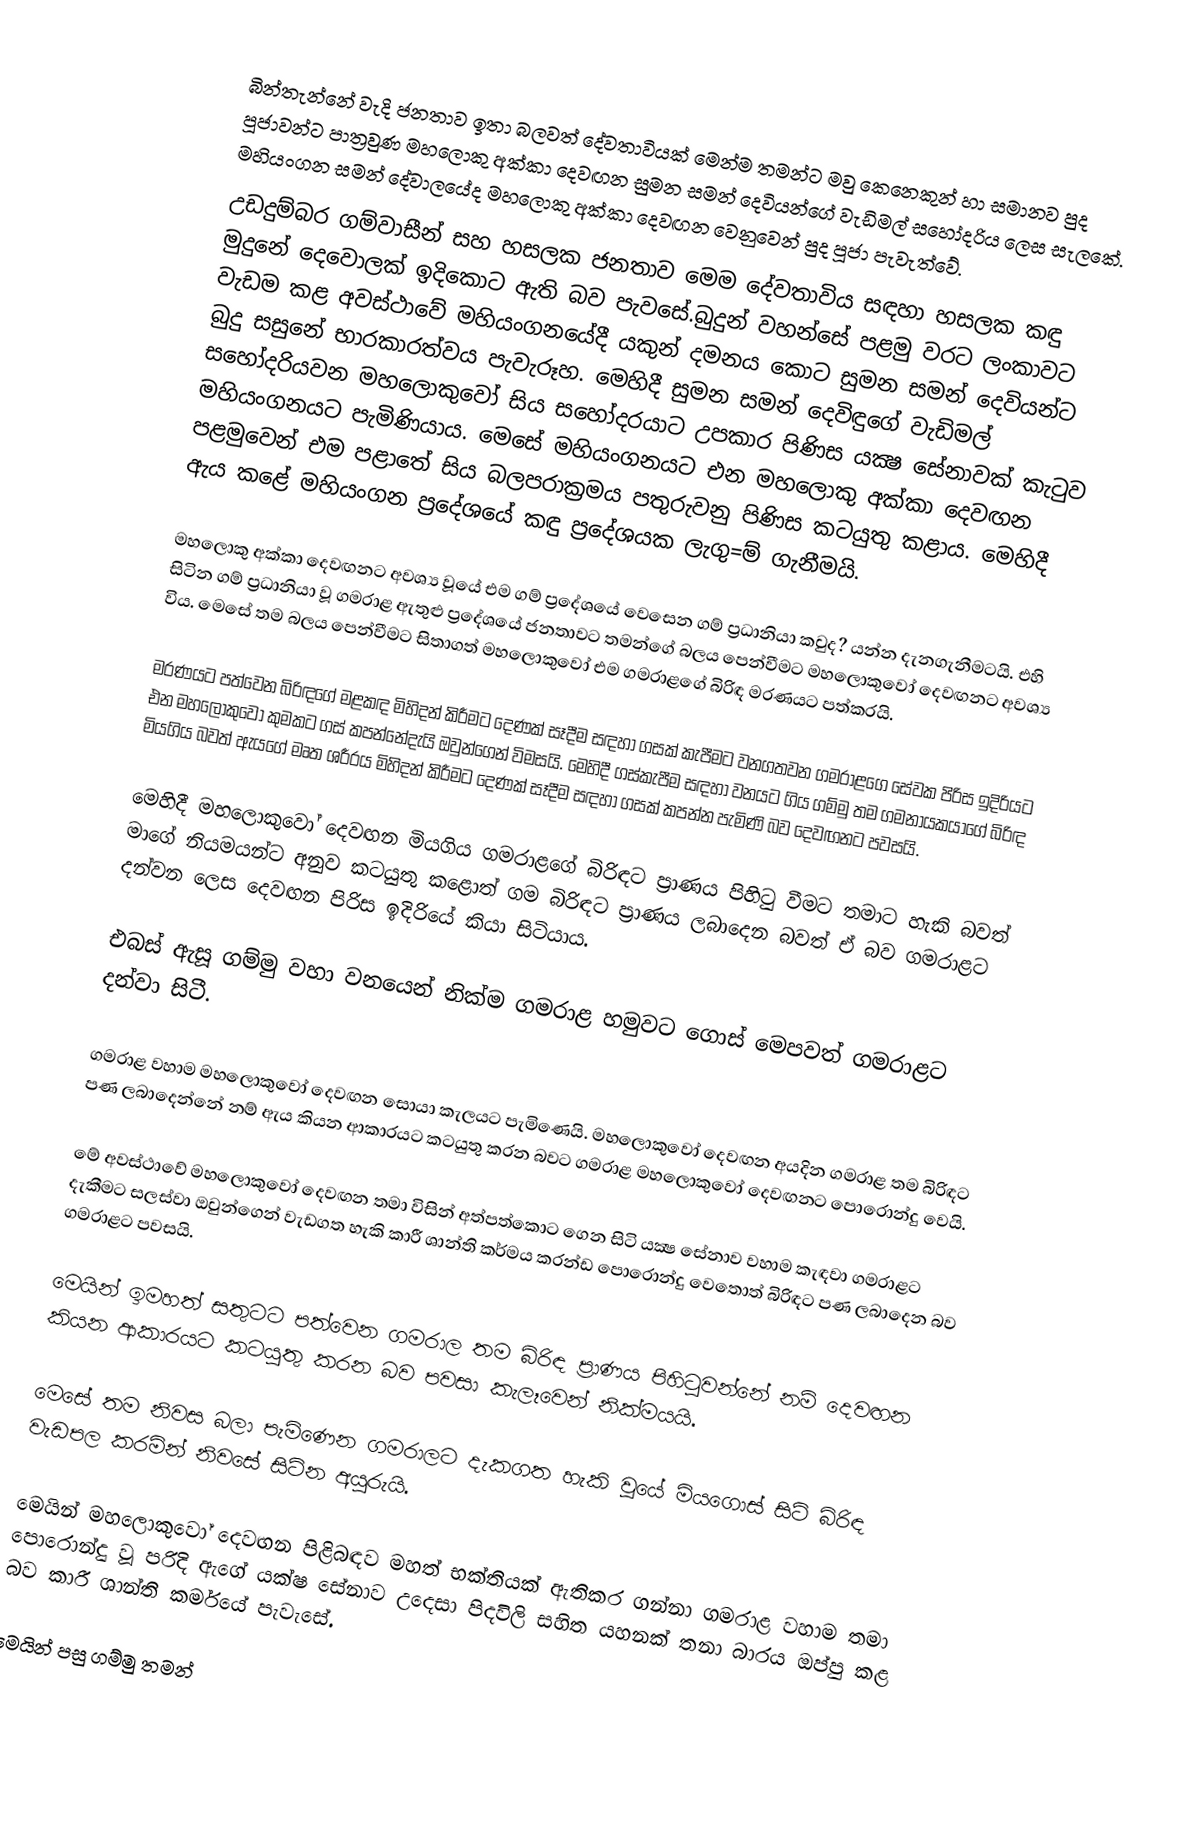
බින්තැන්නේ වැදි ජනතාව ඉතා බලවත් දේවතාවියක්‌ මෙන්ම තමන්ට මවු කෙනෙකුන් හා සමානව පුද පූජාවන්ට පාත්‍රවුණ මහලොකු අක්‌කා දෙවඟන සුමන සමන් දෙවියන්ගේ වැඩිමල් සහෝදරිය ලෙස සැලකේ. මහියංගන සමන් දේවාලයේද මහලොකු අක්‌කා දෙවඟන වෙනුවෙන් පුද පූජා පැවැත්වේ.
උඩදුම්බර ගම්වාසීන් සහ හසලක ජනතාව මෙම දේවතාවිය සඳහා හසලක කඳු මුදුනේ දෙවොලක්‌ ඉදිකොට ඇති බව පැවසේ.බුදුන් වහන්සේ පළමු වරට ලංකාවට වැඩම කළ අවස්‌ථාවේ මහියංගනයේදී යකුන් දමනය කොට සුමන සමන් දෙවියන්ට බුදු සසුනේ භාරකාරත්වය පැවැරූහ. මෙහිදී සුමන සමන් දෙවිඳුගේ වැඩිමල් සහෝදරියවන මහලොකුවෝ සිය සහෝදරයාට උපකාර පිණිස යක්‍ෂ සේනාවක්‌ කැටුව මහියංගනයට පැමිණියාය. මෙසේ මහියංගනයට එන මහලොකු අක්‌කා දෙවඟන පළමුවෙන් එම පළාතේ සිය බලපරාක්‍රමය පතුරුවනු පිණිස කටයුතු කළාය. මෙහිදී ඇය කළේ මහියංගන ප්‍රදේශයේ කඳු ප්‍රදේශයක ලැගු=ම් ගැනීමයි.

මහලොකු අක්‌කා දෙවඟනට අවශ්‍ය වූයේ එම ගම් ප්‍රදේශයේ වෙසෙන ගම් ප්‍රධානියා කවුද? යන්න දැනගැනීමටයි. එහි සිටින ගම් ප්‍රධානියා වූ ගමරාළ ඇතුළු ප්‍රදේශයේ ජනතාවට තමන්ගේ බලය පෙන්වීමට මහලොකුවෝ දෙවඟනට අවශ්‍ය විය. මෙසේ තම බලය පෙන්වීමට සිතාගත් මහලොකුවෝ එම ගමරාළගේ බිරිඳ මරණයට පත්කරයි.

මරණයට පත්වෙන බිරිඳගේ මළකඳ මිහිදන් කිරීමට දෙණක්‌ සෑදීම සඳහා ගසක්‌ කැපීමට වනගතවන ගමරාළගෙ සේවක පිරිස ඉදිරියට එන මහලොකුවෝ කුමකට ගස්‌ කපන්නේදැයි ඔවුන්ගෙන් විමසයි. මෙහිදී ගස්‌කැපීම සඳහා වනයට ගිය ගම්මු තම ගමනායකයාගේ බිරිඳ මියගිය බවත් ඇයගේ මෘත ශරීරය මිහිදන් කිරීමට දෙණක්‌ සෑදීම සඳහා ගසක්‌ කපන්න පැමිණි බව දෙවඟනට පවසයි.

මෙහිදී මහලොකුවෝ දෙවඟන මියගිය ගමරාළගේ බිරිඳට ප්‍රාණය පිහිටු වීමට තමාට හැකි බවත් මාගේ නියමයන්ට අනුව කටයුතු කළොත් ගම බිරිඳට ප්‍රාණය ලබාදෙන බවත් ඒ බව ගමරාළට දන්වන ලෙස දෙවඟන පිරිස ඉදිරියේ කියා සිටියාය.

එබස්‌ ඇසූ ගම්මු වහා වනයෙන් නික්‌ම ගමරාළ හමුවට ගොස්‌ මෙපවත් ගමරාළට දන්වා සිටී.

ගමරාළ වහාම මහලොකුවෝ දෙවඟන සොයා කැලයට පැමිණෙයි. මහලොකුවෝ දෙවඟන අයදින ගමරාළ තම බිරිඳට පණ ලබාදෙන්නේ නම් ඇය කියන ආකාරයට කටයුතු කරන බවට ගමරාළ මහලොකුවෝ දෙවඟනට පොරොන්දු වෙයි.

මේ අවස්‌ථාවේ මහලොකුවෝ දෙවඟන තමා විසින් අත්පත්කොට ගෙන සිටි යක්‍ෂ සේනාව වහාම කැඳවා ගමරාළට දැකීමට සලස්‌වා ඔවුන්ගෙන් වැඩගත හැකි කාරී ශාන්ති කර්මය කරන්ඩ පොරොන්දු වෙතොත් බිරිඳට පණ ලබාදෙන බව ගමරාළට පවසයි.

මෙයින් ඉමහත් සතුටට පත්වෙන ගමරාල තම බිරිඳ ප්‍රාණය පිහිටුවන්නේ නම් දෙවඟන කියන ආකාරයට කටයුතු කරන බව පවසා කැලෑවෙන් නික්‌මයයි.

මෙසේ තම නිවස බලා පැමිණෙන ගමරාලට දැකගත හැකි වූයේ මියගොස්‌ සිටි බිරිඳ වැඩපල කරමින් නිවසේ සිටින අයුරුයි.

මෙයින් මහලොකුවෝ දෙවඟන පිළිබඳව මහත් භක්‌තියක්‌ ඇතිකර ගන්නා ගමරාළ වහාම තමා පොරොන්දු වූ පරිදි ඇගේ යක්‌ෂ සේනාව උදෙසා පිදවිලි සහිත යහනක්‌ තනා බාරය ඔප්පු කළ බව කාරී ශාන්ති කර්මයේ පැවැසේ.

මෙයින් පසු ගම්මු තමන්